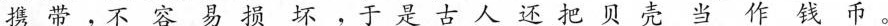
携带，不容易损坏，于是古人还把贝壳当钱币。